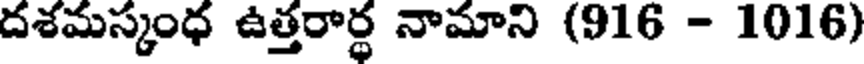
దశమస్కంధ ఉత్తరార్థ నామాని (916 - 1016)